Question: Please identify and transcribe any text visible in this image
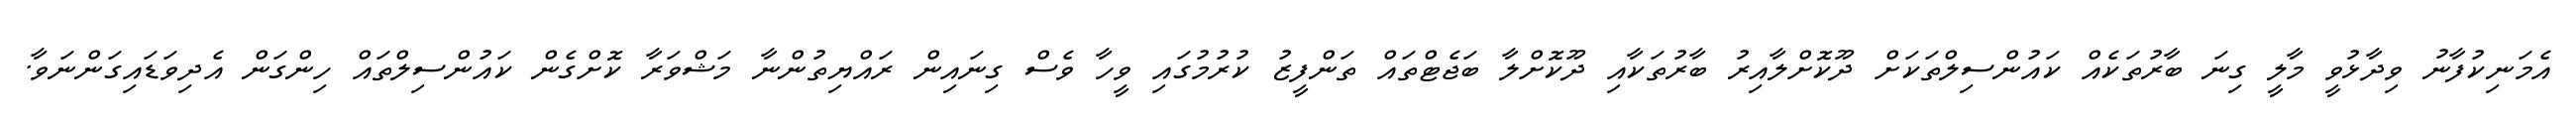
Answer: އެމަނިކުފާނު ވިދާޅުވީ މާލީ ގިނަ ބާރުތަކެއް ކައުންސިލްތަކަށް ދޫކޮށްލާއިރު ބާރުތަކާއި ދޫކޮށްލާ ބަޖެޓްތައް ތަންފީޒު ކުރުމުގައި ވީހާ ވެސް ގިނައިން ރައްޔިތުންނާ މަޝްވަރާ ކޮށްގެން ކައުންސިލްތައް ހިންގަން އެދިވަޑައިގަންނަވާ.